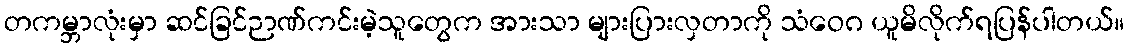
တကမ္ဘာလုံးမှာ ဆင်ခြင်ဉာဏ်ကင်းမဲ့သူတွေက အားသာ များပြားလှတာကို သံဝေဂ ယူမိလိုက်ရပြန်ပါတယ်။